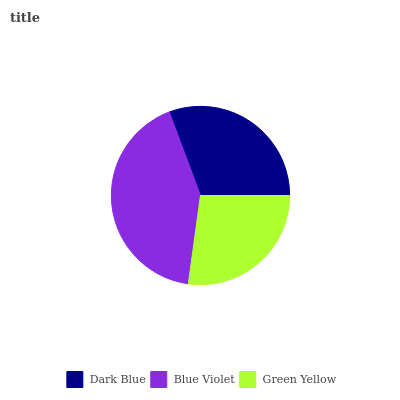
| Dark Blue | Blue Violet | Green Yellow |
 | --- | --- | --- |
 | 30.7% | 42.1% | 27.2% |